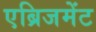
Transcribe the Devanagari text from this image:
एब्रिजमेंट